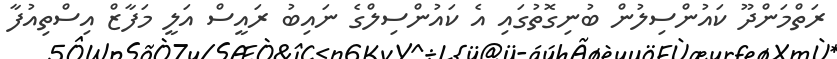
ރަތްމަންދޫ ކައުންސިލުން ބުނިގޮތުގައި އެ ކައުންސިލްގެ ނައިބު ރައީސް އަލީ މަފާޒް އިސްތިއުފާ